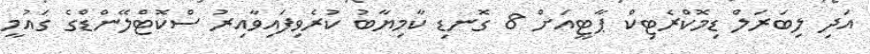
އަދި ލިބަރަލް ޑިމޮކްރެޓިކް ޕާޓީއަށް 8 ގޮނޑި ކާމިޔާބު ކުރެވިފައިވާއިރު ސްކޮޓްލޭންޑްގެ ގައުމީ